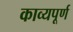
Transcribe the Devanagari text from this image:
काव्यपूर्ण